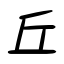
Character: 丘